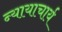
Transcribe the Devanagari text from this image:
न्यायाचार्य